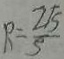
R = \frac { 2 \sqrt { 5 } } { 5 }